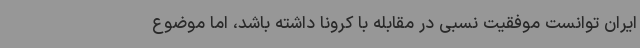
ایران توانست موفقیت نسبی در مقابله با کرونا داشته باشد، اما موضوع